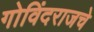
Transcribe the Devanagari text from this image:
गोविंदराजचे